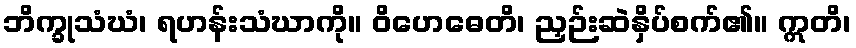
ဘိက္ခုသံဃံ၊ ရဟန်းသံဃာကို။ ဝိဟေဓေတိ၊ ညှဉ်းဆဲနှိပ်စက်၏။ ဣတိ၊